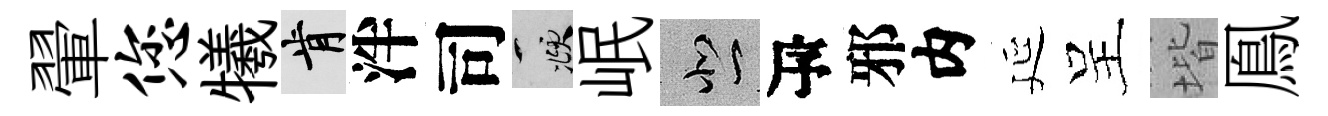
翬您犧肯泮司頫岷悲瓴邪内延呈堦鳯